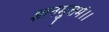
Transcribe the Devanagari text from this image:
ज्ञानमुत्तमं।।